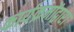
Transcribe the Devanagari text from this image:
कार्यक्रमोंद्वारा